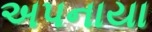
અપનાયા